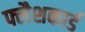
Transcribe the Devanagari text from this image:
फ्लैशकार्ड